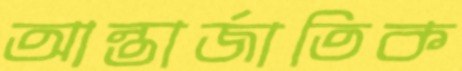
আন্তার্জাতিক